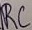
Text: RC